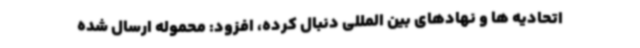
اتحادیه ها و نهادهای بین المللی دنبال کرده، افزود: محموله ارسال شده